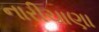
નારીચાણા